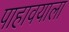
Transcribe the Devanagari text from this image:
पाहावयाला